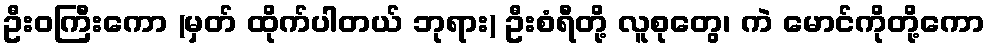
ဦးဝကြီးကော (မှတ် ထိုက်ပါတယ် ဘုရား) ဦးစံရီတို့ လူစုတွေ၊ ကဲ မောင်ကိုတို့ကော